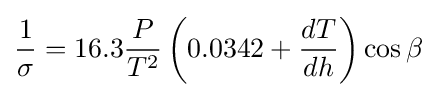
{\frac {1}{\sigma }}=16.3{\frac {P}{T^{2}}}\left(0.0342+{\frac {dT}{dh}}\right)\cos \beta